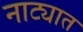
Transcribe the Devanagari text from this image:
नाट्यात